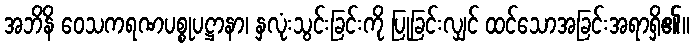
အဘိနိ ဝေသကရဏပစ္စုပဋ္ဌာနာ၊ နှလုံးသွင်းခြင်းကို ပြုခြင်းလျှင် ထင်သောအခြင်းအရာရှိ၏။